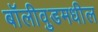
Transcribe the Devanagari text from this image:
बॉलीवुडमधील